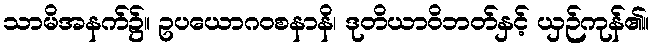
သာမိအနက်၌။ ဥပယောဂဝစနာနိ၊ ဒုတိယာဝိဘတ်နှင့် ယှဉ်ကုန်၏။